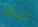
سنراه